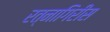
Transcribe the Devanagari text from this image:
रत्नागिरीस